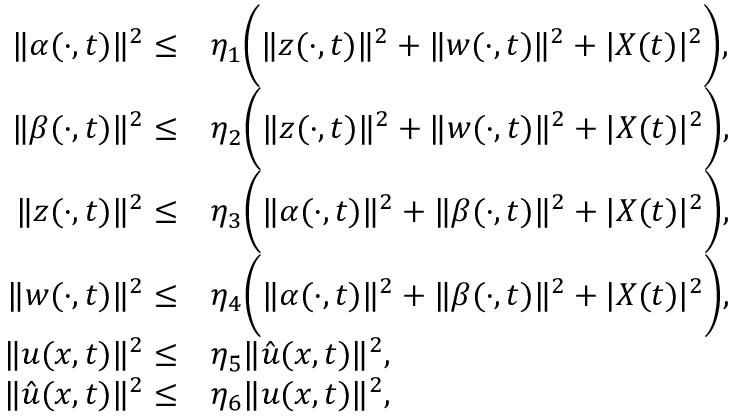
\begin{array} { r l } { \| \alpha ( \cdot , t ) \| ^ { 2 } \le } & { \eta _ { 1 } \bigg ( \| z ( \cdot , t ) \| ^ { 2 } + \| w ( \cdot , t ) \| ^ { 2 } + | X ( t ) | ^ { 2 } \bigg ) , } \\ { \| \beta ( \cdot , t ) \| ^ { 2 } \le } & { \eta _ { 2 } \bigg ( \| z ( \cdot , t ) \| ^ { 2 } + \| w ( \cdot , t ) \| ^ { 2 } + | X ( t ) | ^ { 2 } \bigg ) , } \\ { \| z ( \cdot , t ) \| ^ { 2 } \le } & { \eta _ { 3 } \bigg ( \| \alpha ( \cdot , t ) \| ^ { 2 } + \| \beta ( \cdot , t ) \| ^ { 2 } + | X ( t ) | ^ { 2 } \bigg ) , } \\ { \| w ( \cdot , t ) \| ^ { 2 } \le } & { \eta _ { 4 } \bigg ( \| \alpha ( \cdot , t ) \| ^ { 2 } + \| \beta ( \cdot , t ) \| ^ { 2 } + | X ( t ) | ^ { 2 } \bigg ) , } \\ { \| u ( x , t ) \| ^ { 2 } \le } & { \eta _ { 5 } \| \hat { u } ( x , t ) \| ^ { 2 } , } \\ { \| \hat { u } ( x , t ) \| ^ { 2 } \le } & { \eta _ { 6 } \| u ( x , t ) \| ^ { 2 } , } \end{array}